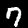
Label: 7